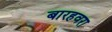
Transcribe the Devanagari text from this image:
बारहवरा